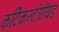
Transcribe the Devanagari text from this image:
कर्टिकस्टोरॉयड